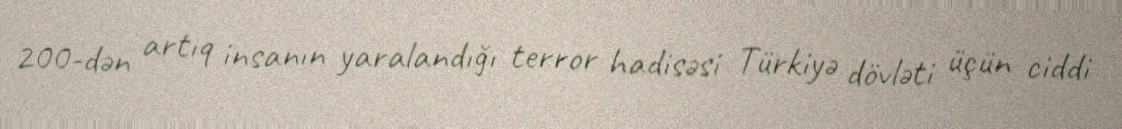
200-dən artıq insanın yaralandığı terror hadisəsi Türkiyə dövləti üçün ciddi